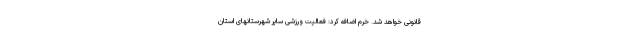
قانونی خواهد شد. خرم اضافه کرد: فعالیت ورزشی سایر شهرستانهای استان